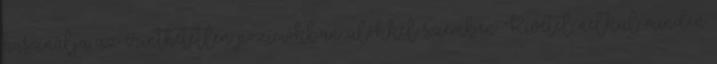
használja az érinthetetlen pozíciókban ülőkkel szemben. Kivétel nélkül minden